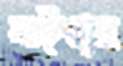
লট্‌কায়